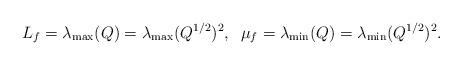
LaTeX: \begin{align*}L_f = \lambda_{\max}(Q) = \lambda_{\max}(Q^{1/2})^2, \;\; \mu_f = \lambda_{\min}(Q) = \lambda_{\min}(Q^{1/2})^2.\end{align*}